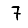
Digit: 7